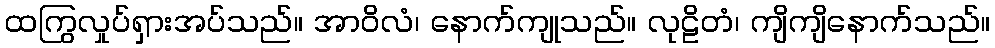
ထကြွလှုပ်ရှားအပ်သည်။ အာဝိလံ၊ နောက်ကျုသည်။ လုဠိတံ၊ ကျိကျိနောက်သည်။